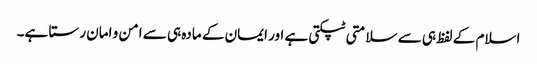
اسلام کے لفظ ہی سے سلامتی ٹپکتی ہے اور ایمان کے مادہ ہی سے امن و امان رستا ہے۔